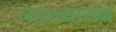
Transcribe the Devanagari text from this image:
व्याख्यायन